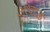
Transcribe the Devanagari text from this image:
अश्वदळ